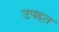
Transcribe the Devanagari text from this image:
उपहत